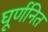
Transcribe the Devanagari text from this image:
घूर्णनित